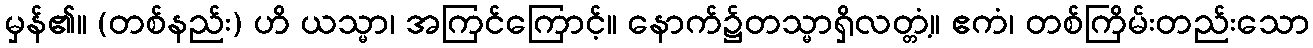
မှန်၏။ (တစ်နည်း) ဟိ ယသ္မာ၊ အကြင်ကြောင့်။ နောက်၌တသ္မာရှိလတ္တံ့။ ဧကံ၊ တစ်ကြိမ်းတည်းသော